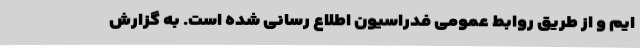
ایم و از طریق روابط عمومی فدراسیون اطلاع رسانی شده است. به گزارش